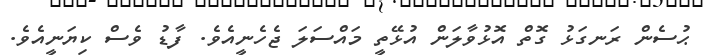
ޙުސެން ރަނގަޅު ގޮތް އޮޅުވާލަން އުޅޭތީ މައްސަލަ ޖެހެނީއެވެ. ފާޑު ވެސް ކިޔަނީއެވެ.